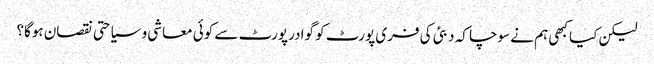
لیکن کیا کبھی ہم نے سوچا کہ دبئی کی فری پورٹ کو گوادر پورٹ سے کوئی معاشی و سیاحتی نقصان ہوگا؟